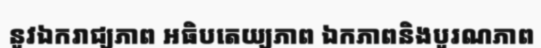
នូវឯករាជ្យភាព អធិបតេយ្យភាព ឯកភាពនិងបូរណភាព